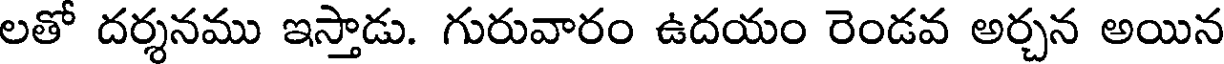
లతో దర్శనము ఇస్తాడు. గురువారం ఉదయం రెండవ అర్చన అయిన